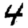
Digit: 4